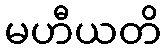
မဟီယတိ